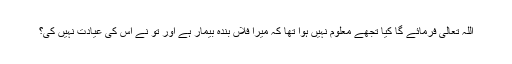
اللہ تعالیٰ فرمائے گا کیا تجھے معلوم نہیں ہوا تھا کہ میرا فلاں بندہ بیمار ہے اور تُو نے اس کی عیادت نہیں کی؟